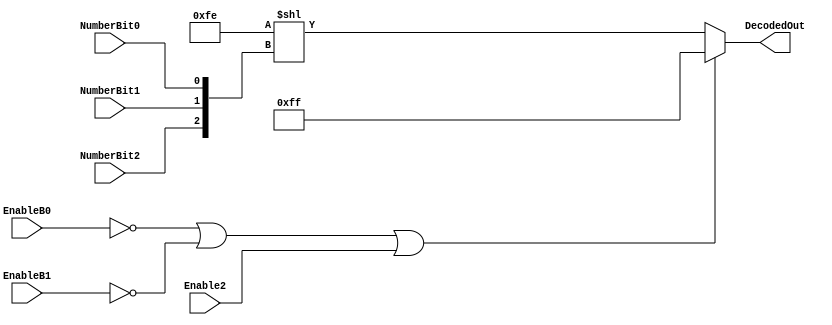
module ic74hc138(NumberBit0,NumberBit1,NumberBit2,DecodedOut,EnableB0,EnableB1,Enable2);
	
	input EnableB0,EnableB1,Enable2,NumberBit0,NumberBit1,NumberBit2;
	
	output [7:0] DecodedOut;
	wire [7:0] DecodedOut;
	wire [2:0] inputConcatenated;
	wire [7:0] shiftedOutput;
	
	assign shiftedOutput=(8'b11111110 << inputConcatenated);
	assign inputConcatenated={NumberBit2,NumberBit1,NumberBit0};

	assign DecodedOut=((EnableB0==0)||(EnableB1==0)||(Enable2==1)) ? 8'b11111111 :shiftedOutput ;

	/*assign DecodedOut[0]=(EnableB0|EnableB1|(~Enable2)) ? 1'b1 :shiftedOutput[0] ;
	assign DecodedOut[1]=(EnableB0|EnableB1|(~Enable2)) ? 1'b1 :shiftedOutput[1] ;
	assign DecodedOut[2]=(EnableB0|EnableB1|(~Enable2)) ? 1'b1 :shiftedOutput[2] ;
	assign DecodedOut[3]=(EnableB0|EnableB1|(~Enable2)) ? 1'b1 :shiftedOutput[3] ;
	assign DecodedOut[4]=(EnableB0|EnableB1|(~Enable2)) ? 1'b1 :shiftedOutput[4] ;
	assign DecodedOut[5]=(EnableB0|EnableB1|(~Enable2)) ? 1'b1 :shiftedOutput[5] ;
	assign DecodedOut[6]=(EnableB0|EnableB1|(~Enable2)) ? 1'b1 :shiftedOutput[6] ;
	assign DecodedOut[7]=(EnableB0|EnableB1|(~Enable2)) ? 1'b1 :shiftedOutput[7] ;*/


endmodule